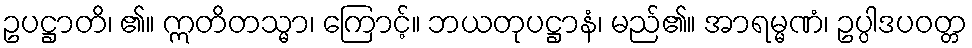
ဥပဋ္ဌာတိ၊ ၏။ ဣတိတသ္မာ၊ ကြောင့်။ ဘယတုပဋ္ဌာနံ၊ မည်၏။ အာရမ္မဏံ၊ ဥပ္ပါဒပဝတ္တ